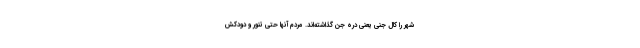
شهر را کال جنی یعنی دره جن گذاشته‌اند. مردم آنها حتی تنور و دودکش